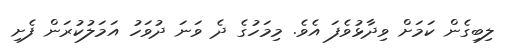
ލިބިގެން ކަމަށް ވިދާޅުވެފަ އެވެ. މިމަހުގެ ދެ ވަނަ ދުވަހު އަމަލުކުރަން ފެށި